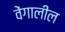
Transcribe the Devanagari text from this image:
वेंगालील